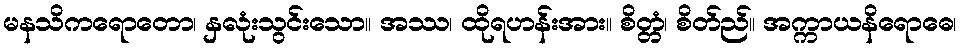
မနသိကရောတော၊ နှလုံးသွင်းသော။ အဿ၊ ထိုရဟန်းအား။ စိတ္တံ၊ စိတ်ည်။ အက္ကာယနိရောဓေ၊